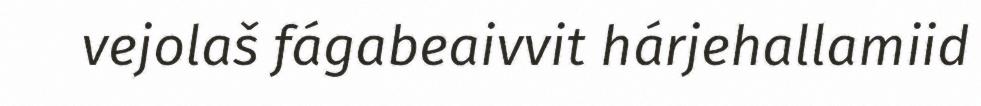
vejolaš fágabeaivvit hárjehallamiid